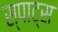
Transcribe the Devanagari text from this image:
स्पाट्स